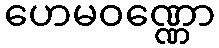
ဟေမဝဏ္ဏော